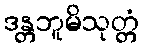
ဒန္တဘူမိသုတ္တံ